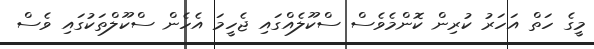
މީގެ ހަތް އަހަރު ކުރިން ކޮންމެވެސް ސްކޫލެއްގައި ޖެހީމަ އެހެން ސްކޫލްތަކުގައި ވެސް